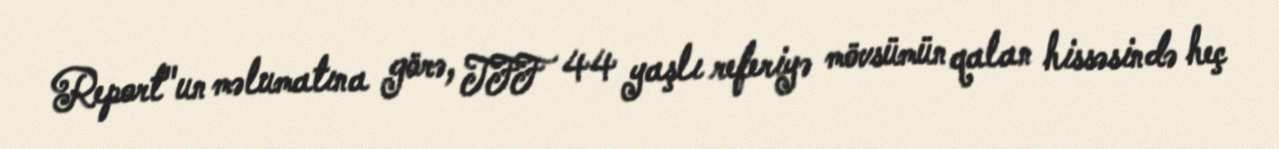
Report"un məlumatına görə, TFF 44 yaşlı referiyə mövsümün qalan hissəsində heç